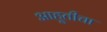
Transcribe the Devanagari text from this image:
आहूतीचा